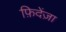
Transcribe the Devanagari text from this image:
फ़िदेंज़ा